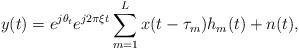
LaTeX: \begin{align*} y(t) = e^{j\theta_t}e^{j2\pi\xi t}\sum_{m = 1}^{L} x(t - \tau_m)h_m(t) + n(t),\end{align*}